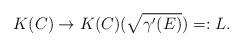
LaTeX: \begin{align*}K(C)\rightarrow{K(C)(\sqrt{\gamma'(E)})}=:L.\end{align*}